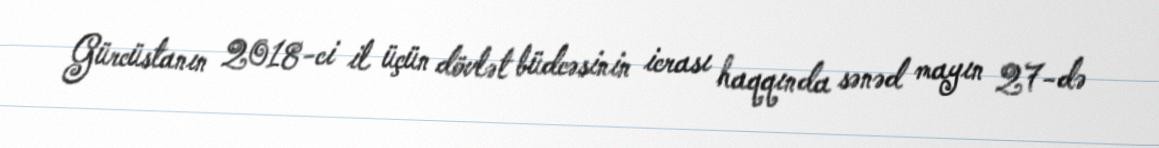
Gürcüstanın 2018-ci il üçün dövlət büdcəsinin icrası haqqında sənəd mayın 27-də